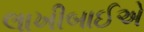
લાખીબાઈએ